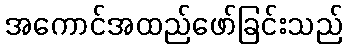
အကောင်အထည်ဖော်ခြင်းသည်